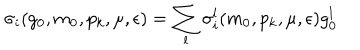
LaTeX: \sigma _ { i } ( g _ { 0 } , m _ { 0 } , p _ { k } , \mu , \epsilon ) = \sum _ { l } \sigma _ { i } ^ { l } ( m _ { 0 } , p _ { k } , \mu , \epsilon ) g _ { 0 } ^ { l }